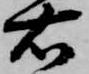
右